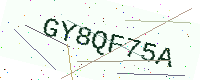
Text: GY8QF75A